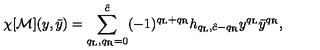
\chi [ { \cal M } ] ( y , \bar { y } ) = \sum _ { q _ { \mathrm { L } } , q _ { \mathrm { R } } = 0 } ^ { \hat { c } } ( - 1 ) ^ { q _ { \mathrm { L } } + q _ { \mathrm { R } } } h _ { q _ { \mathrm { L } } , \hat { c } - q _ { \mathrm { R } } } y ^ { q _ { \mathrm { L } } } \bar { y } ^ { q _ { \mathrm { R } } } ,